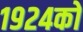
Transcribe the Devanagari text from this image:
१९२४को